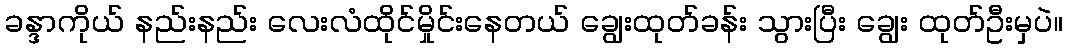
ခန္ဒာကိုယ် နည်းနည်း လေးလံထိုင်မှိုင်းနေတယ် ချွေးထုတ်ခန်း သွားပြီး ချွေး ထုတ်ဦးမှပဲ။